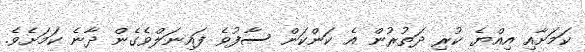
ކަމަށާއި އިއްޔެ ކުރި ދަތުރުން އެ ކަންކަން ސާފުވެ ފައިނަލްވެގެން ދާނެ ކަމަށެވެ.